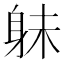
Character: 𮷔